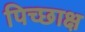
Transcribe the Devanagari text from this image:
पिच्छाक्ष